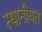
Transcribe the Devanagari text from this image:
स्थानीयत